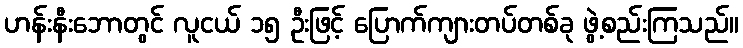
ဟန်းနီးဘောတွင် လူငယ် ၁၅ ဦးဖြင့် ပြောက်ကျားတပ်တစ်ခု ဖွဲ့စည်းကြသည်။